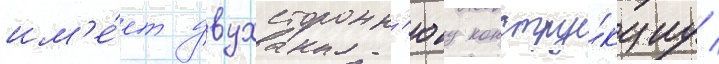
им'е́ет двухсторонн'юу констру́кциу /